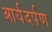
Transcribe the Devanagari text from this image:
आर्यदर्पण